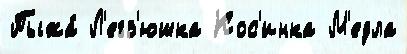
Пыжа́ Л'егз'юшка Кос'инка М'едла